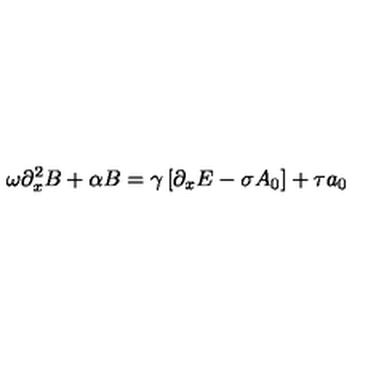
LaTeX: \omega \partial _ { x } ^ { 2 } B + \alpha B = \gamma \left[ \partial _ { x } E - \sigma A _ { 0 } \right] + \tau a _ { 0 }